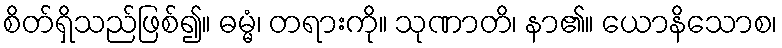
စိတ်ရှိသည်ဖြစ်၍။ ဓမ္မံ၊ တရားကို။ သုဏာတိ၊ နာ၏။ ယောနိသောစ၊